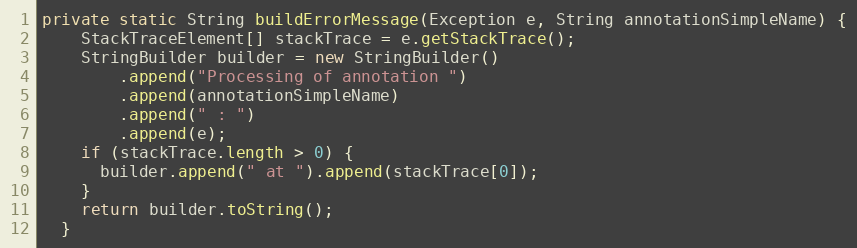
Language: Java
private static String buildErrorMessage(Exception e, String annotationSimpleName) {
    StackTraceElement[] stackTrace = e.getStackTrace();
    StringBuilder builder = new StringBuilder()
        .append("Processing of annotation ")
        .append(annotationSimpleName)
        .append(" : ")
        .append(e);
    if (stackTrace.length > 0) {
      builder.append(" at ").append(stackTrace[0]);
    }
    return builder.toString();
  }